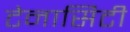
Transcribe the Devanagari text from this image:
टेनासिटी